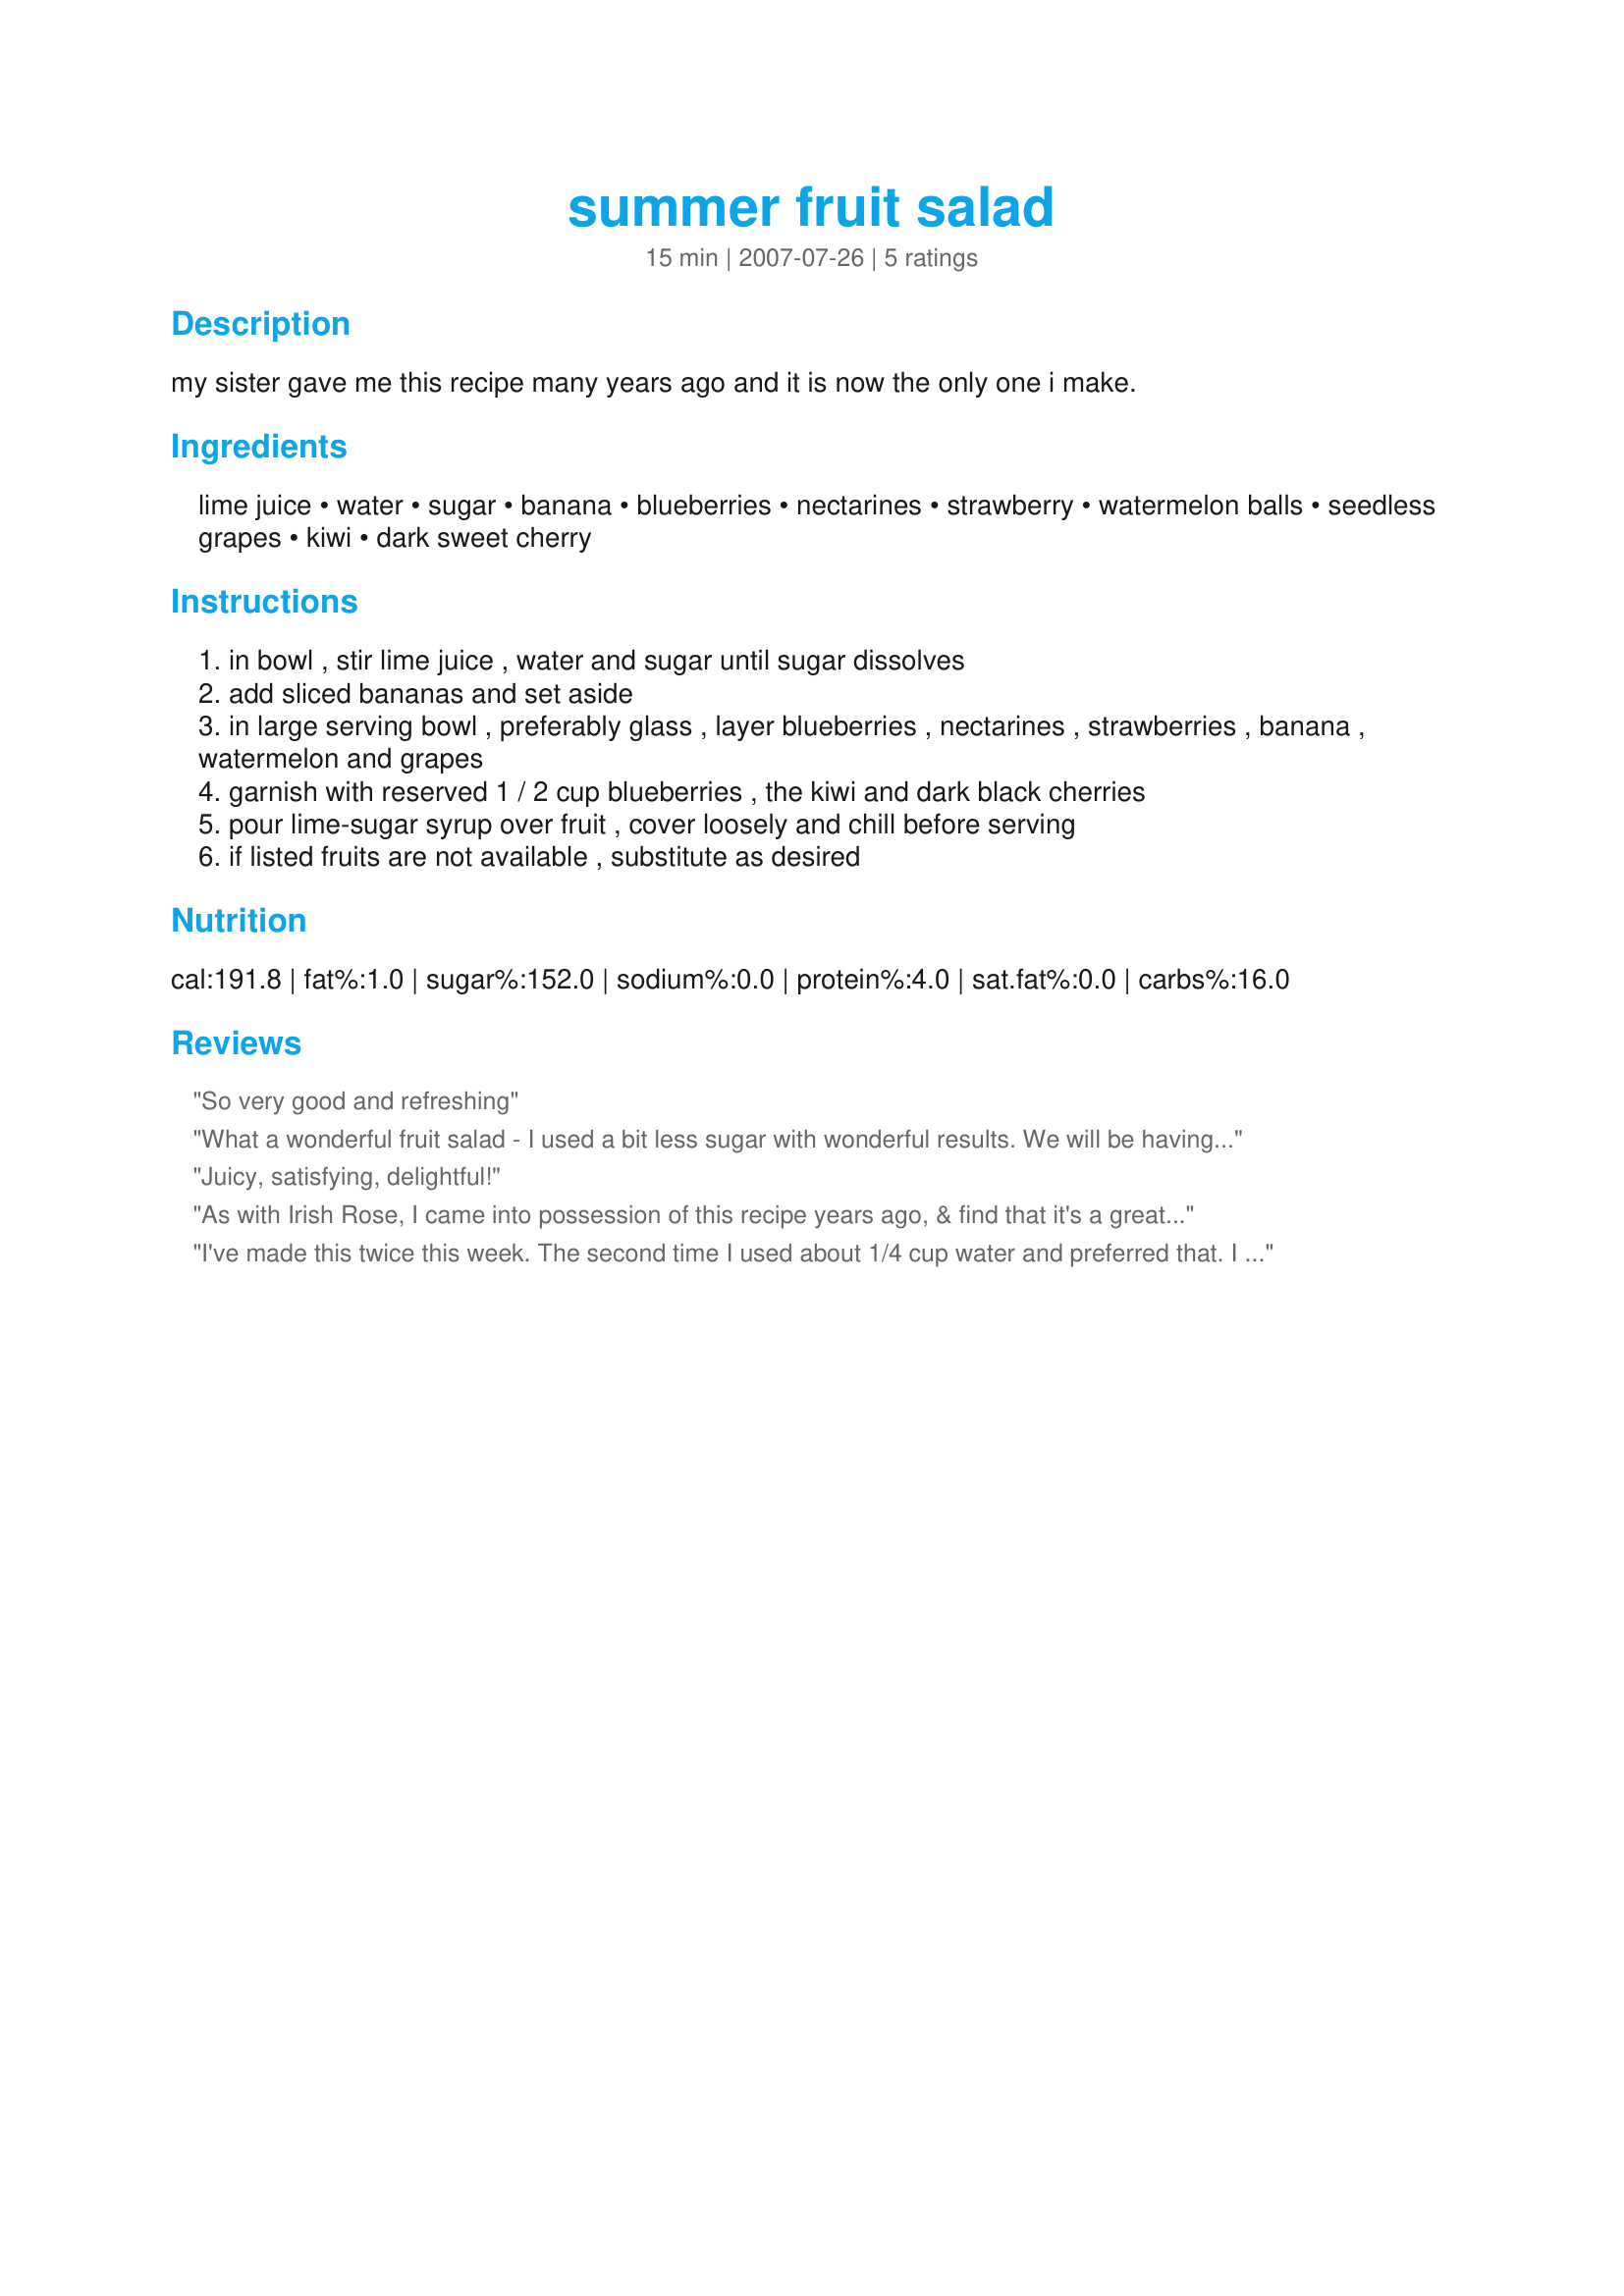
summer fruit salad
Preparation time: 15 minutes

my sister gave me this recipe many years ago and it is now the only one i make.

Ingredients:
lime juice, water, sugar, banana, blueberries, nectarines, strawberry, watermelon balls, seedless grapes, kiwi, dark sweet cherry

Steps:
in bowl , stir lime juice , water and sugar until sugar dissolves
add sliced bananas and set aside
in large serving bowl , preferably glass , layer blueberries , nectarines , strawberries , banana , watermelon and grapes
garnish with reserved 1 / 2 cup blueberries , the kiwi and dark black cherries
pour lime-sugar syrup over fruit , cover loosely and chill before serving
if listed fruits are not available , substitute as desired

Reviews:
So very good and refreshing
What a wonderful fruit salad - I used a bit less sugar with wonderful results. We will be having this often this summer. Thanks for sharing!
Juicy, satisfying, delightful!
As with Irish Rose, I came into possession of this recipe years ago, & find that it's a great fruit salad! However, over the years I added a dressing & sometimes will include it as a variation. I whisk together 1 cup sour cream & 1/2 cup cottage cheese, then stir in 1/4 cup lime juice & 2 tablespoons of honey. After that has chilled, I spoon the fruit into bowls & top it with this dressing!
I've made this twice this week. The second time I used about 1/4 cup water and preferred that. I put it in a jar with lid and shake since when I whisked it I couldn't get the sugar to dissolve. I love the tangy light flavor. Thanks Irish Rose, for posting.

Roxygirl
